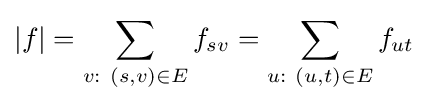
|f|=\sum _{v:\ (s,v)\in E}f_{sv}=\sum _{u:\ (u,t)\in E}f_{ut}